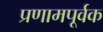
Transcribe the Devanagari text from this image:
प्रणामपूर्वक